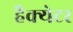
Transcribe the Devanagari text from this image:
हैक्येटर